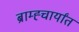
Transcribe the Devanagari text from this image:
ब्राम्ह्चार्यांत